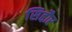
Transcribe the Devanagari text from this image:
सिद्दौर